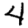
Digit: 4